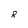
Character: R